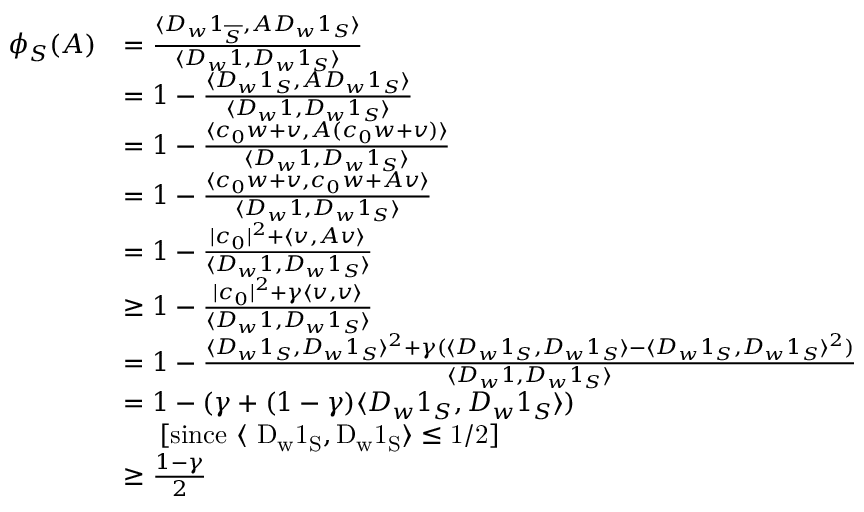
\begin{array} { r l } { \phi _ { S } ( A ) } & { = \frac { \langle D _ { w } 1 _ { \overline { { S } } } , A D _ { w } 1 _ { S } \rangle } { \langle D _ { w } 1 , D _ { w } 1 _ { S } \rangle } } \\ & { = 1 - \frac { \langle D _ { w } 1 _ { S } , A D _ { w } 1 _ { S } \rangle } { \langle D _ { w } 1 , D _ { w } 1 _ { S } \rangle } } \\ & { = 1 - \frac { \langle c _ { 0 } w + v , A ( c _ { 0 } w + v ) \rangle } { \langle D _ { w } 1 , D _ { w } 1 _ { S } \rangle } } \\ & { = 1 - \frac { \langle c _ { 0 } w + v , c _ { 0 } w + A v \rangle } { \langle D _ { w } 1 , D _ { w } 1 _ { S } \rangle } } \\ & { = 1 - \frac { | c _ { 0 } | ^ { 2 } + \langle v , A v \rangle } { \langle D _ { w } 1 , D _ { w } 1 _ { S } \rangle } } \\ & { \geq 1 - \frac { | c _ { 0 } | ^ { 2 } + \gamma \langle v , v \rangle } { \langle D _ { w } 1 , D _ { w } 1 _ { S } \rangle } } \\ & { = 1 - \frac { \langle D _ { w } 1 _ { S } , D _ { w } 1 _ { S } \rangle ^ { 2 } + \gamma ( \langle D _ { w } 1 _ { S } , D _ { w } 1 _ { S } \rangle - \langle D _ { w } 1 _ { S } , D _ { w } 1 _ { S } \rangle ^ { 2 } ) } { \langle D _ { w } 1 , D _ { w } 1 _ { S } \rangle } } \\ & { = 1 - ( \gamma + ( 1 - \gamma ) \langle D _ { w } 1 _ { S } , D _ { w } 1 _ { S } \rangle ) } \\ & { \ \ \ \ [ \mathrm { s i n c e ~ \ensuremath { \langle ~ D _ { w } 1 _ { S } } , \ensuremath { D _ { w } 1 _ { S } \rangle } \ensuremath { \ensuremath { \leq } 1 / 2 } } ] } \\ & { \geq \frac { 1 - \gamma } { 2 } } \end{array}